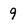
Character: 9